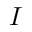
I